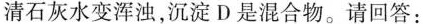
清石灰水变浑浊，沉淀D是混合物。请回答：